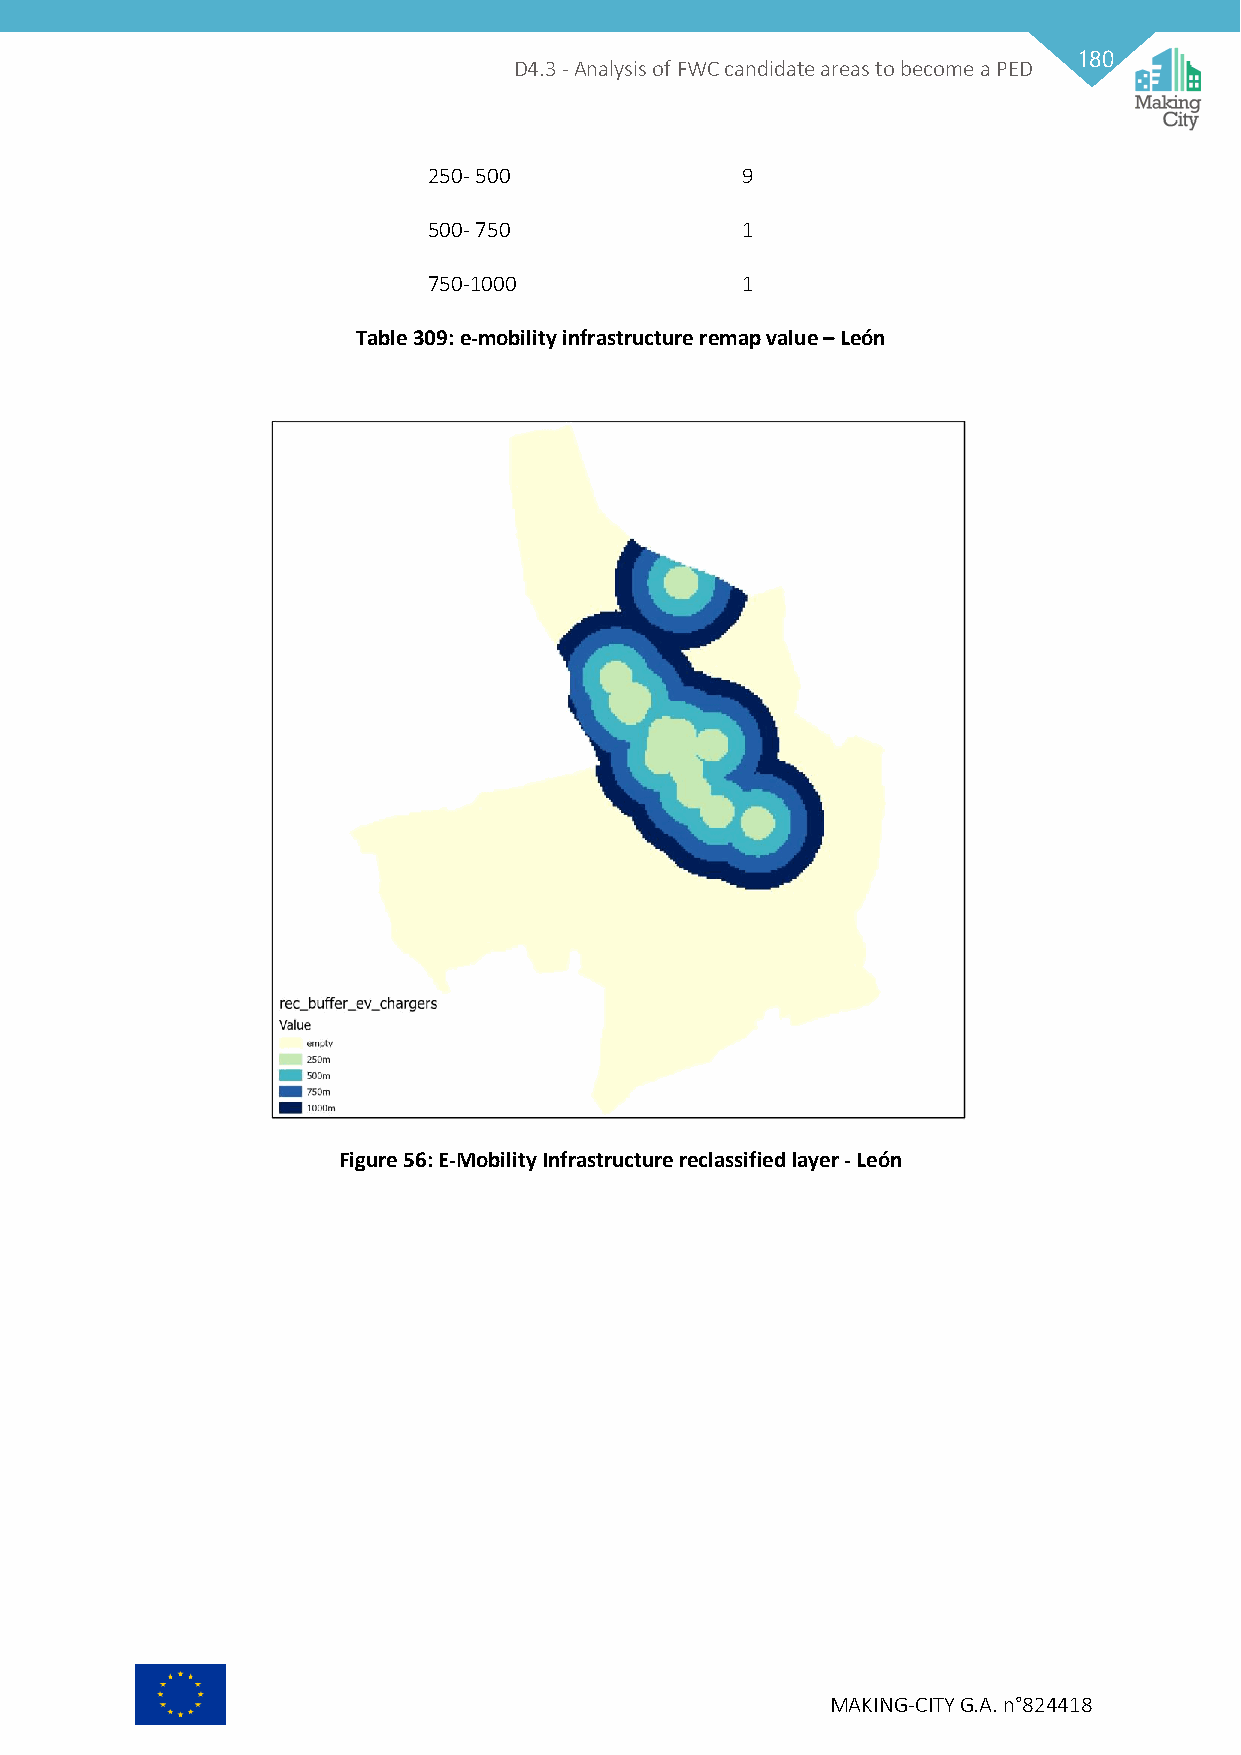
180
 D4.3 - Analysis of FWC candidate areas to become a PED
 250- 500             9
 500- 750             1
 750-1000             1
 Table 309: e-mobility infrastructure remap value – León
 Figure 56: E-Mobility Infrastructure reclassified layer - León
 MAKING-CITY G.A. n°824418